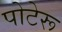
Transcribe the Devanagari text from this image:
पोटेरू